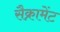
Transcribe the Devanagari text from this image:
सैक्रामेंट